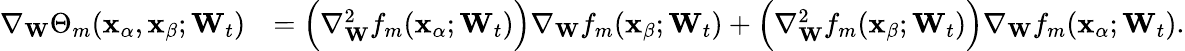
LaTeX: \begin{array}{rl}{\nabla_{\mathbf{W}}\Theta_{m}(\mathbf{x}_{\alpha},\mathbf{x}_{\beta};\mathbf{W}_{t})}&{=\Big(\nabla_{\mathbf{W}}^{2}f_{m}(\mathbf{x}_{\alpha};\mathbf{W}_{t})\Big)\nabla_{\mathbf{W}}f_{m}(\mathbf{x}_{\beta};\mathbf{W}_{t})+\Big(\nabla_{\mathbf{W}}^{2}f_{m}(\mathbf{x}_{\beta};\mathbf{W}_{t})\Big)\nabla_{\mathbf{W}}f_{m}(\mathbf{x}_{\alpha};\mathbf{W}_{t}).}\end{array}